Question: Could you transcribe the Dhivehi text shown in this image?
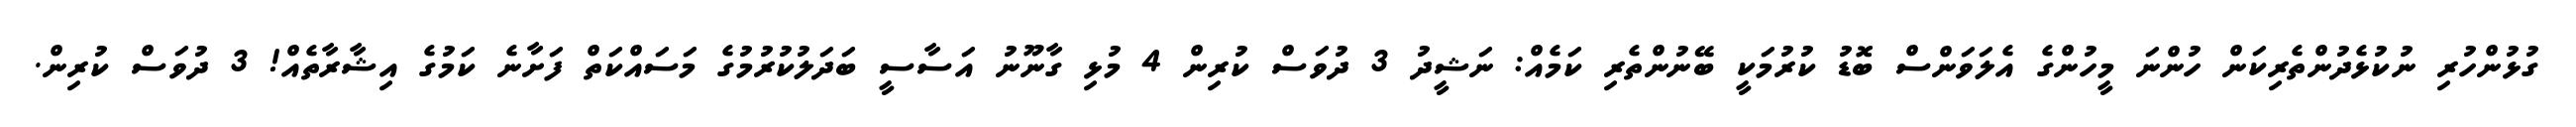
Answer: ގުޅުންހުރި ނުކުޅެދުންތެރިކަން ހުންނަ މީހުންގެ އެލަވަންސް ބޮޑު ކުރުމަކީ ބޭނުންތެރި ކަމެއް: ނަޝީދު 3 ދުވަސް ކުރިން 4 މުޅި ގާނޫނު އަސާސީ ބަދަލުކުރުމުގެ މަސައްކަތް ފަށާނެ ކަމުގެ އިޝާރާތެއް! 3 ދުވަސް ކުރިން.